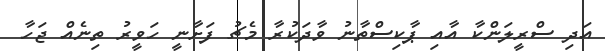
އަދި ސްރީލަންކާ އާއި ޕާކިސްތާނު ވާދަކުރާ މެޗު ފަށާނީ ހަވީރު ތިނެއް ޖަހާ